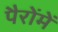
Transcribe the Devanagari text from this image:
पैरोंमें